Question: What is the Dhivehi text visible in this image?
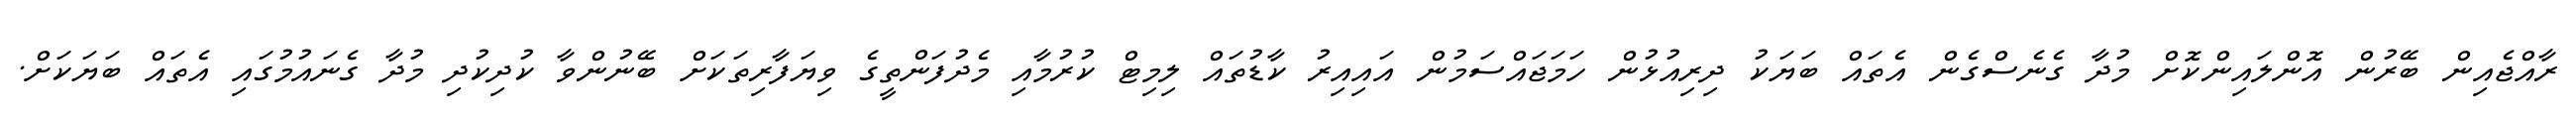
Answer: ރާއްޖެއިން ބޭރުން އޮންލައިންކޮށް މުދާ ގެނެސްގެން އެތައް ބަޔަކު ދިރިއުޅުން ހަމަޖައްސަމުން އައިއިރު ކާޑުތައް ލިމިޓް ކުރުމާއި މެދުފަންތީގެ ވިޔަފާރިތަކަށް ބޭނުންވާ ކުދިކުދި މުދާ ގެނައުމުގައި އެތައް ބަޔަކަށް.